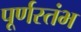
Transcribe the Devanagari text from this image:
पूर्णस्तंभ